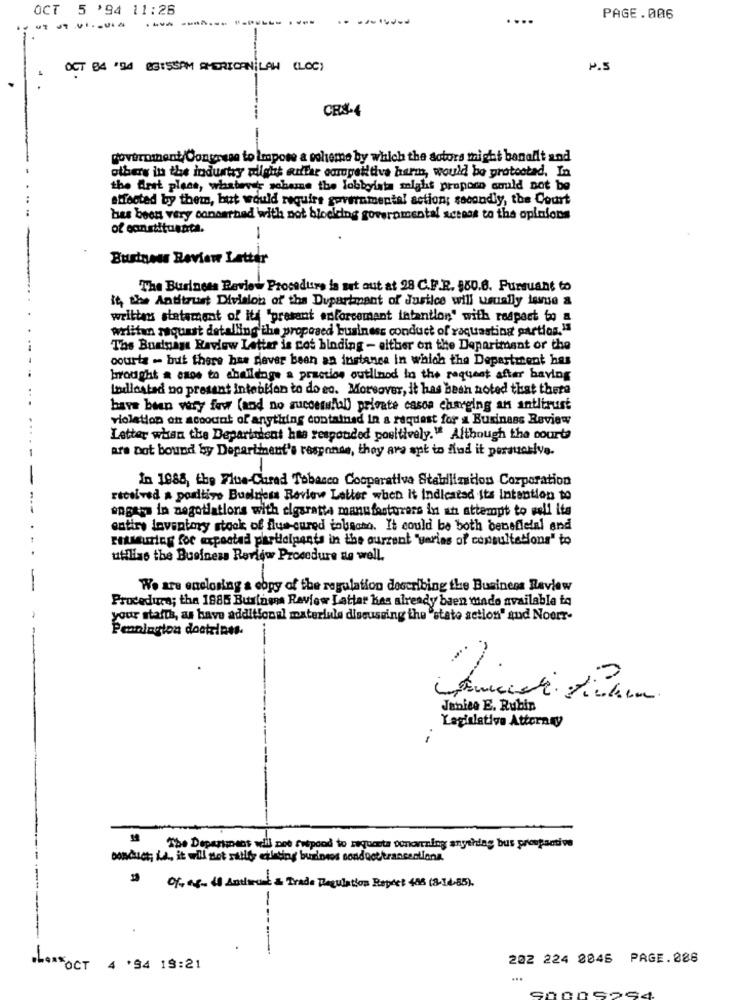
OCT 5 '94 11:26
---
PAGE.006
OCT 04 '54 2GISSPM AMERICANILAH (LOC)
P.S
CES-4
government/Congress to Impose a poleme by which the sotors tight banallt and
others in the industry wdight auftar competitive harm, would be protostad, In
the Aret plecs, whatever scheme the lobbyista might propoco could not be
affected by them, but would require governmental action; secondly, the Court
has been very concerned with not blodicing governmental access to the opinions
of constituanta.
-
Business Review Latter
The Business Review Procedure is set out at 28 C.F.R. $80.8. Pursuant to
it, the Antitrust Division of the Department of Justice will usually lesue a
written statement of ity "present enforcement intantlon" with respect to a
written request detalling the proposed business conduct of raquasting partios.11
Ths Business Review Letter is cot binding - either on the Department or the
courts - but there has never been an instance in which the Department has
brought a anos to aboildage a praction outlined in the request after having
Indicated no present intention to do so. Moreover, it has been noted that there
have been very few (and no successfal) private casos charging an antitrust
violation on account of anything contained In a request for a Business Review
Letter when the Department has responded positively." Although the courts
are Dot bound by Department's response, they are ant to find it persuasive.
In 1988, the Flue-Cured Tobacco Cooperativa Stabilization Corporation
received a positivo Business Reviewe Letter when it indicated its intention to
sogars in negotiations with cigarette manufacturers in an attempt to wolf ita
entire laventory stock of flue-cured tobeano. It could be both beneficial and
reassuring for expectad participants in the current "varias of consultations" to
utilise the Business Review Procedure as well.
We are enclosing a copy of the regulation describing the Business Review
Procedure; the 1885 Business Review Lattar has already been made available to
your staith, as have additional materiale discussing the "stato action" sud Noerr-
Pennington doctrines.
Jabies E. Rubin
Legislative Attorney
-
The Department will not hotpood to requests sonoraling anything bus prospective
conduct is, it will not sailly existing business sondocttransactions.
0%,48- 46 Andaresd & Trade Regulation Report 488 (3-14-85).
202 224 8046 PAGE.086
**** OCT 4 '94 19:21
...